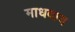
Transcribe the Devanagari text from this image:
माधवाय